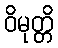
ဝိမုတ္တိ